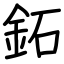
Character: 鉐